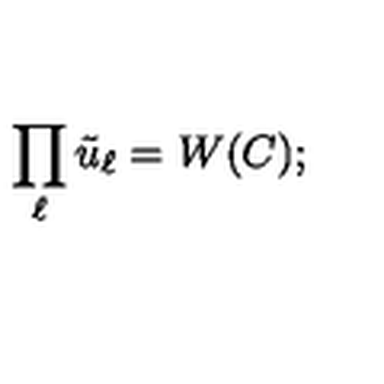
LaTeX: \prod _ { \ell } \tilde { u } _ { \ell } = W ( C ) ;